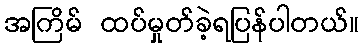
အကြိမ် ထပ်မှုတ်ခဲ့ရပြန်ပါတယ်။